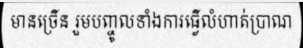
មានច្រើន រួមបញ្ចូលទាំងការធ្វើលំហាត់ប្រាណ